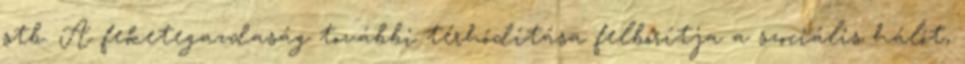
stb. A feketegazdaság további térhódítása felborítja a szociális hálót,